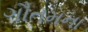
ગૌતમના